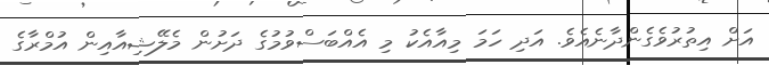
އަށް އިތުރުވެގެންދާނެއެވެ. އަދި ހަމަ މިއާއެކު މި އެއްބަސްވުމުގެ ދަށުން މެލޭޝިއާއިން އުމްރާގެ